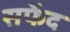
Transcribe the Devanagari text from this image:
सफेंद